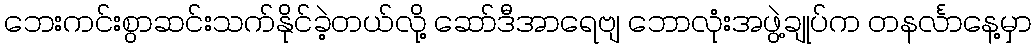
ဘေးကင်းစွာဆင်းသက်နိုင်ခဲ့တယ်လို့ ဆော်ဒီအာရေဗျ ဘောလုံးအဖွဲ့ချုပ်က တနင်္လာနေ့မှာ